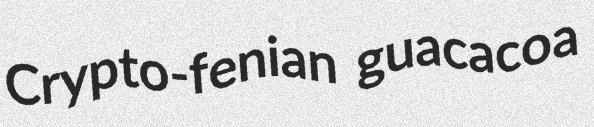
Crypto-fenian guacacoa